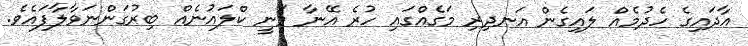
އާދައިގެ ހެދުމެއް ލައިގެން އަނދިރި މަގެއްގައި ހުރެ އޭނާ ވަނީ ކްލައުނެއް ބިރުގަންނަވާލާފައެވެ.